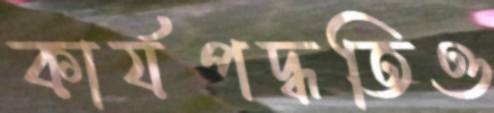
কার্যপদ্ধতিও